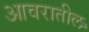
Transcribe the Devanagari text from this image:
आवरातील